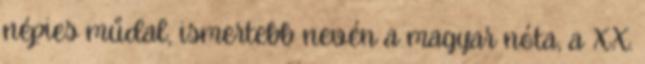
népies műdal, ismertebb nevén a magyar nóta, a XX.